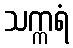
သက္ကရံ